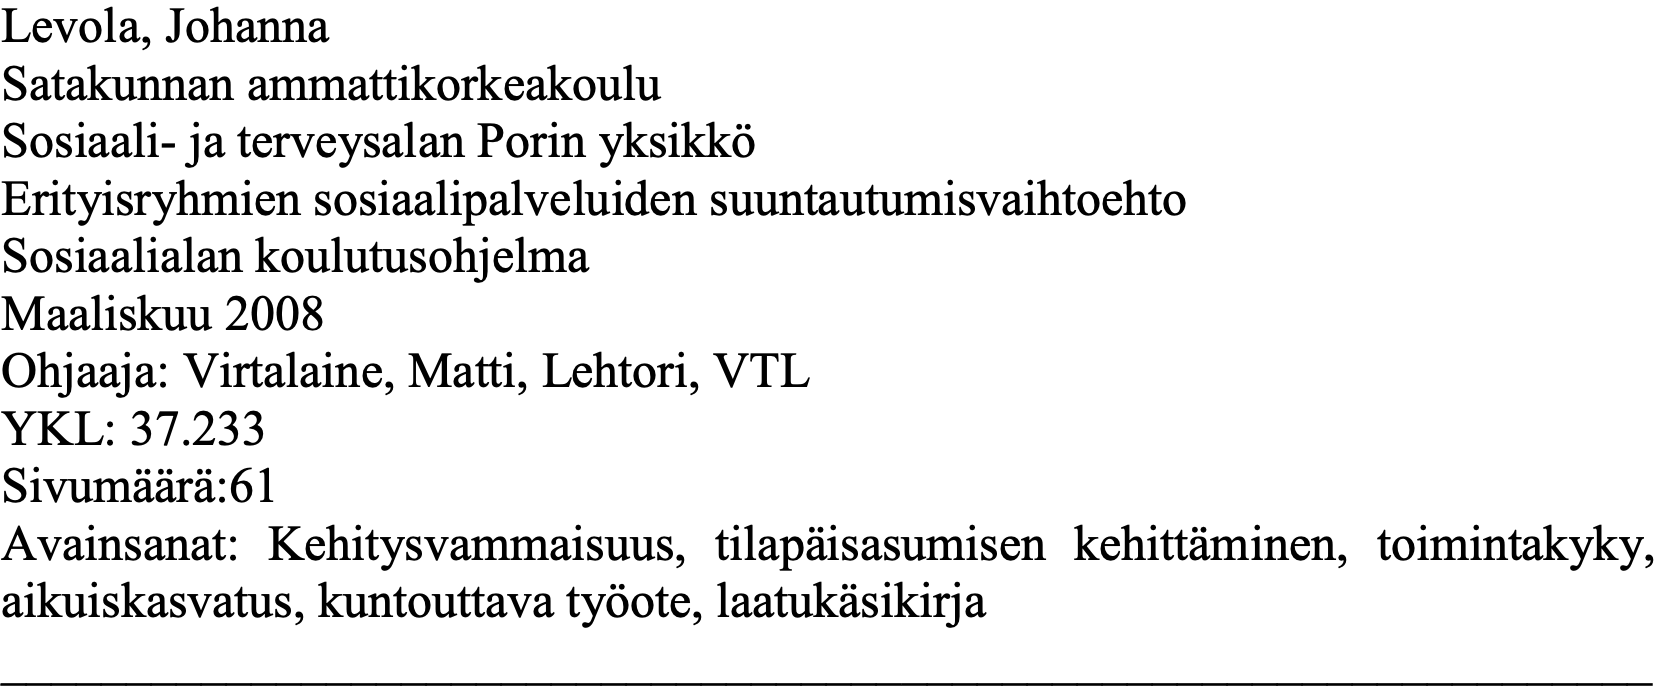
Levola, Johanna Satakunnan ammattikorkeakoulu Sosiaali- ja terveysalan Porin yksikkö Erityisryhmien sosiaalipalveluiden suuntautumisvaihtoehto Sosiaalialan koulutusohjelma Maaliskuu 2008 Ohjaaja: Virtalaine, Matti, Lehtori, VTL YKL: 37.233 Sivumäärä:61 Avainsanat: Kehitysvammaisuus, tilapäisasumisen kehittäminen, toimintakyky, aikuiskasvatus, kuntouttava työote, laatukäsikirja __________________________________________________________________